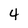
Character: 4